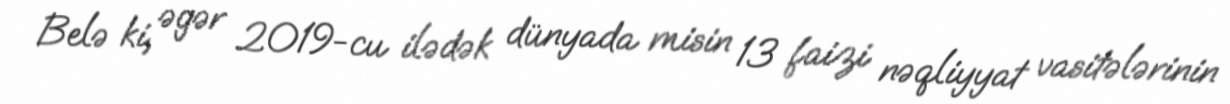
Belə ki, əgər 2019-cu ilədək dünyada misin 13 faizi nəqliyyat vasitələrinin